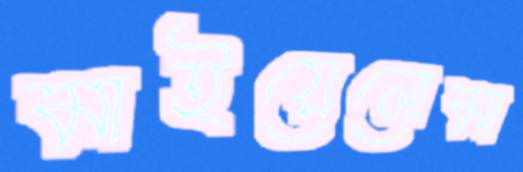
মাইয়েলোমা